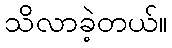
သိလာခဲ့တယ်။